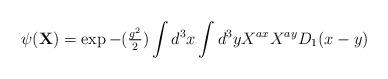
LaTeX: \begin{align*}\psi({\bf X}) = \exp{ -({\textstyle{g^2 \over2}}) \int d^3 x \int d^3 y X^{ax}X^{ay} D_{1}(x-y)}\end{align*}